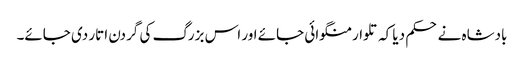
بادشاہ نے حکم دیا کہ تلوار منگوائی جائے اور اس بزرگ کی گردن اتار دی جائے۔